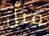
مثل